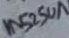
Text: 1N5250A